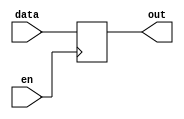
module data_enable_latch (
    input wire data,
    input wire en,
    output reg out
);

always @(posedge en)
begin
    if (en)
        out <= data;
end

endmodule